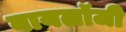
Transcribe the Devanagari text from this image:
बायलॉजी